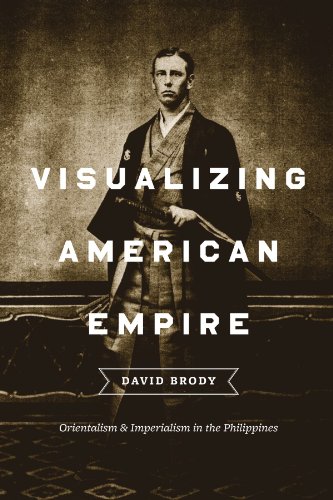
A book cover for Visualizing American Empire: Orientalism and Imperialism in the Philippines; David Brody; History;